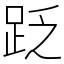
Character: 䟪